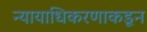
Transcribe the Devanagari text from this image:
न्यायाधिकरणाकडून